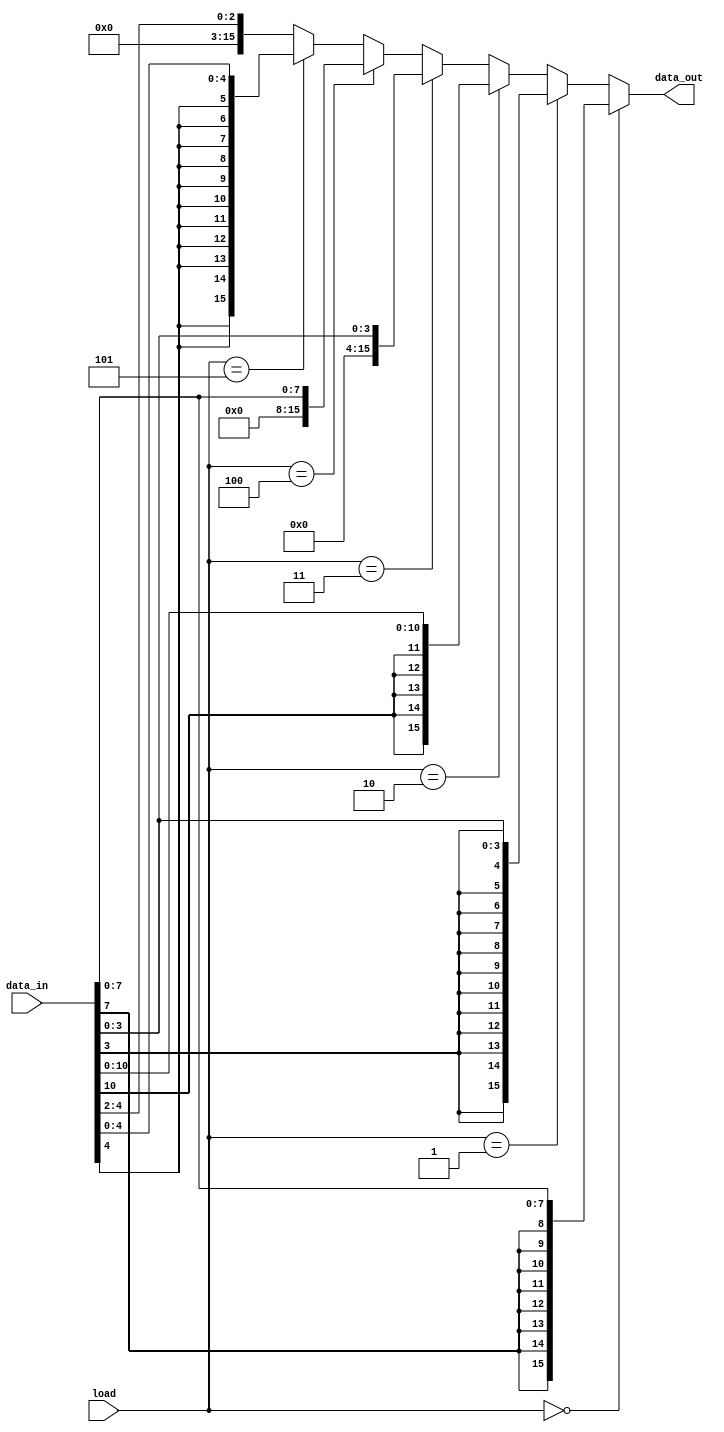
`timescale 1ns / 1ps
//////////////////////////////////////////////////////////////////////////////////
// Company: 
// Engineer: 
// 
// Design Name: 
// Module Name:    Immediate_Extend 
// Project Name: 
// Target Devices: 
// Tool versions: 
// Description: 
//
// Dependencies: 
//
// Revision: 
// Revision 0.01 - File Created
// Additional Comments: 
//
// load :
// 0. 7:0 s
// 1. 3:0 s
// 2. 10:0 s
// 3. 2:0 t
// 4. 7:0 z
// 5. 4:0 s
// 6. 4:2 t
//////////////////////////////////////////////////////////////////////////////////
module Immediate_Extend(
    output [15 : 0] data_out,
    input [2 : 0] load,
    input [15 : 0] data_in
    );

	assign data_out =
		(load == 0) ? {{8{data_in[7]}}, data_in[7 : 0]} :
		(load == 1) ? {{12{data_in[3]}}, data_in[3 : 0]} :
		(load == 2) ? {{5{data_in[10]}}, data_in[10 : 0]} :
		(load == 3) ? {12'b0, data_in[3 : 0]} :
		(load == 4) ? {8'b0, data_in[7 : 0]} :
		(load == 5) ? {{11{data_in[4]}}, data_in[4 : 0]} :
		{13'b0, data_in[4 : 2]};
		
endmodule